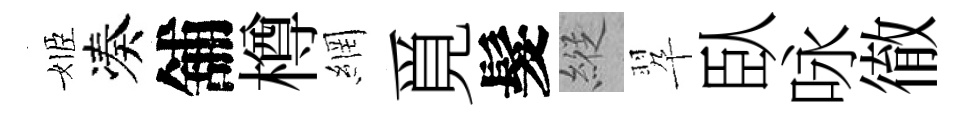
姬凑舖樽網覓髮縱翆臥咏徹